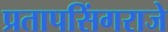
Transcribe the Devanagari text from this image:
प्रतापसिंगराजे